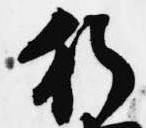
行